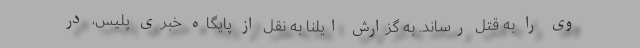
وی را به قتل رساند. به گزارش ایلنا به نقل از پایگاه خبری پلیس، در